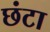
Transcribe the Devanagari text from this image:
छंटा